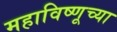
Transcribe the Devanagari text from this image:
महाविष्णूच्या